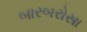
બારબરોસા